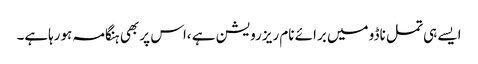
ایسے ہی تمل ناڈو میں برائے نام ریزرویشن ہے ،اس پر بھی ہنگامہ ہورہاہے۔